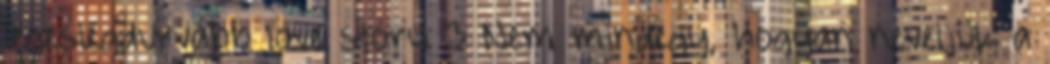
legeslegdurvább love story 3 Nem mindegy, hogyan neveljük a